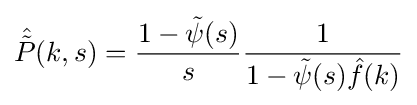
{\hat {\tilde {P}}}(k,s)={\frac {1-{\tilde {\psi }}(s)}{s}}{\frac {1}{1-{\tilde {\psi }}(s){\hat {f}}(k)}}